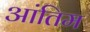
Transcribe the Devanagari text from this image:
आंतिम